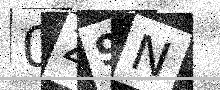
Text: 0Z9N